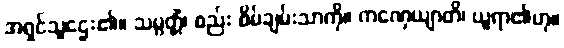
အရှင်သူဌေး၏။ သမ္ပတ္တိံ၊ စည်း စိမ်ချမ်းသာကို။ ကဏှေယျာတိ၊ ယူရာ၏ဟု။